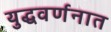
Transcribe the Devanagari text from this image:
युद्धवर्णनात